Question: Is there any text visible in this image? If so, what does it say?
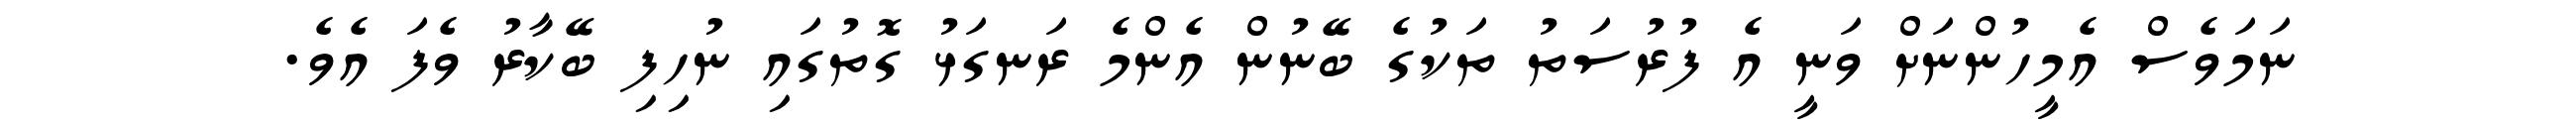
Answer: ނަމަވެސް އެމީހުންނަށް ވަނީ އެ ފުރުސަތު ތަކުގެ ބޭނުން އެންމެ ރަނގަޅު ގޮތުގައި ނުހިފި ބޭކާރު ވެފަ އެވެ.